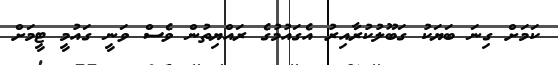
ކަމަށް ގިނަ ބަޔަކު ގަބޫލުކުރާއިރު އެގައުމުގެ ރައްޔިތުން ވެސް ވަނީ ގައުމީ ޓީމަށް